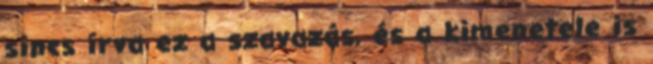
sincs írva ez a szavazás, és a kimenetele is